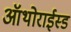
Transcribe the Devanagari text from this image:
ऑथोराईस्ड